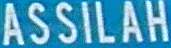
ASSILAH